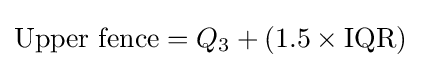
{\text{Upper fence}}=Q_{3}+(1.5\times \mathrm {IQR} )